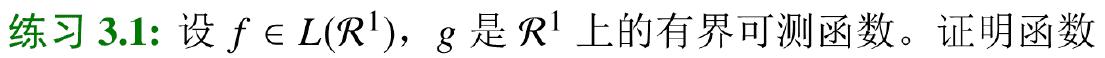
练习 3.1: 设 $f \in L(\mathbb{R}^1)$，$g$ 是 $\mathbb{R}^1$ 上的有界可测函数。证明函数